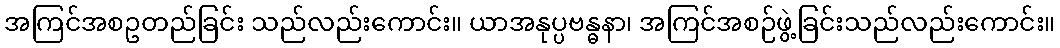
အကြင်အစဥတည်ခြင်း သည်လည်းကောင်း။ ယာအနုပ္ပဗန္ဓနာ၊ အကြင်အစဉ်ဖွဲ့ခြင်းသည်လည်းကောင်း။